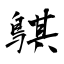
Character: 鶀